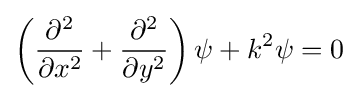
\left({\frac {\partial ^{2}}{\partial x^{2}}}+{\frac {\partial ^{2}}{\partial y^{2}}}\right)\psi +k^{2}\psi =0